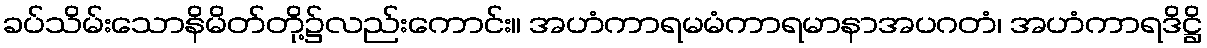
ခပ်သိမ်းသောနိမိတ်တို့၌လည်းကောင်း။ အဟံကာရမမံကာရမာနာအပဂတံ၊ အဟံကာရဒိဋ္ဌိ